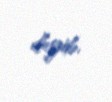
deyib.